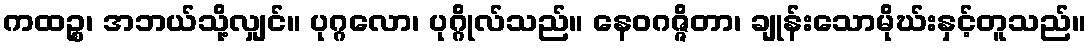
ကထဉ္စ၊ အဘယ်သို့လျှင်။ ပုဂ္ဂလော၊ ပုဂ္ဂိုလ်သည်။ နေဝဂဇ္ဇိတာ၊ ချုန်းသောမိုဃ်းနှင့်တူသည်။